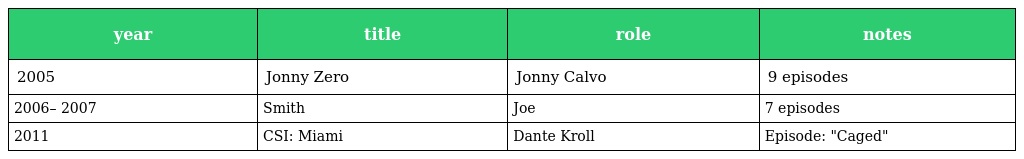
| year | title | role | notes |
 | --- | --- | --- | --- |
 | 2005 | Jonny Zero | Jonny Calvo | 9 episodes |
 | 2006– 2007 | Smith | Joe | 7 episodes |
 | 2011 | CSI: Miami | Dante Kroll | Episode: "Caged" |